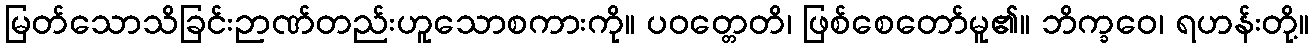
မြတ်သောသိခြင်းဉာဏ်တည်းဟူသောစကားကို။ ပဝတ္တေတိ၊ ဖြစ်စေတော်မူ၏။ ဘိက္ခဝေ၊ ရဟန်းတို့။